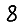
Digit: 8